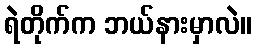
ရဲတိုက်က ဘယ်နားမှာလဲ။